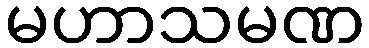
မဟာသမဏ